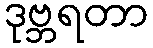
ဒုဗ္ဘရတာ